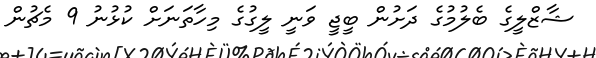
ޝާޒްލީގެ ބެލުމުގެ ދަށުން ބީޖީ ވަނީ ލީގުގެ މިހާތަނަށް ކުޅުނު 9 މެޗުން